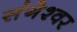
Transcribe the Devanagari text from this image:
संगेश्वर